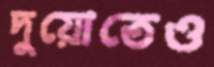
দুয়োতেও